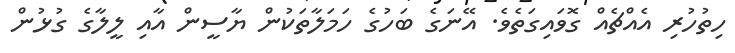
ހިތުހުރި އެއްޗެއް ގޮވައިގަތެވެ. އޭނަގެ ބަހުގެ ހަމަލާތަކުން ޔާސީން އާއި ލީލާގެ ގުޅުން